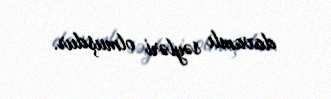
davamlı səyləri olmuşdur.